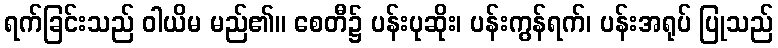
ရက်ခြင်းသည် ဝါယိမ မည်၏။ စေတီ၌ ပန်းပုဆိုး၊ ပန်းကွန်ရက်၊ ပန်းအရုပ် ပြုသည်